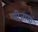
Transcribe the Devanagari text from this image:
बीजामां